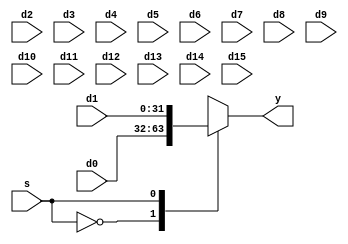
module mux(
s, y,
d0, d1, d2, d3,
d4, d5, d6, d7,
d8, d9, d10, d11,
d12, d13, d14, d15);
    parameter num=2,sigwid=1,width=32;
    input [width-1:0]d0;
    input [width-1:0]d1;
    input [width-1:0]d2;
    input [width-1:0]d3;
    input [width-1:0]d4;
    input [width-1:0]d5;
    input [width-1:0]d6;
    input [width-1:0]d7;
    input [width-1:0]d8;
    input [width-1:0]d9;
    input [width-1:0]d10;
    input [width-1:0]d11;
    input [width-1:0]d12;
    input [width-1:0]d13;
    input [width-1:0]d14;
    input [width-1:0]d15;
    input [sigwid-1:0]s;
    output reg [width-1:0]y;
    always@(s or d0 or d1 or d2 or d3 or d3 or d4 or d5 or d6 or d7 or d8 or d9 or d10 or d11 or d12 or d13 or d14 or d15)
      case(s)
        0:y=d0;
        1:y=d1;
        2:y=d2;
        3:y=d3;
        4:y=d4;
        5:y=d5;
        6:y=d6;
        7:y=d7;
        8:y=d8;
        9:y=d9;
        10:y=d10;
        11:y=d11;
        12:y=d12;
        13:y=d13;
        14:y=d14;
        15:y=d15;
        default:y=0;
      endcase
endmodule